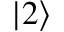
| 2 \rangle